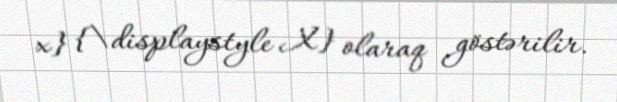
x} {\displaystyle X} olaraq göstərilir.